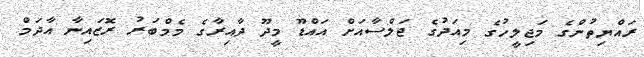
ރައްޔިތުންގެ މަޖިލީހުގެ މިއަދުގެ ޖަލްސާއަށް އައްޑޫ މީދޫ ދާއިރާގެ މެމްބަރު ރޮޒައިނާ އާދަމް